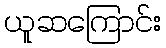
ယူဆကြောင်း